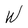
Character: W